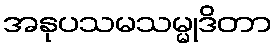
အနုပသမသမ္မုဒိတာ